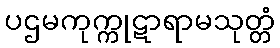
ပဌမကုက္ကုဋာရာမသုတ္တံ